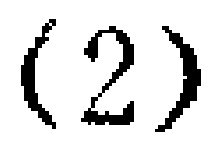
$(2)$